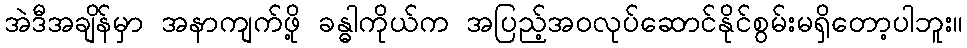
အဲဒီအချိန်မှာ အနာကျက်ဖို့ ခန္ဓါကိုယ်က အပြည့်အဝလုပ်ဆောင်နိုင်စွမ်းမရှိတော့ပါဘူး။